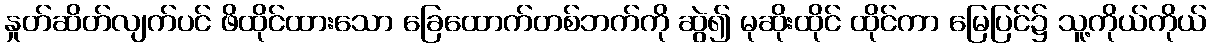
နှုတ်ဆိတ်လျက်ပင် ဖိထိုင်ထားသော ခြေထောက်တစ်ဘက်ကို ဆွဲ၍ မုဆိုးထိုင် ထိုင်ကာ မြေပြင်၌ သူ့ကိုယ်ကိုယ်